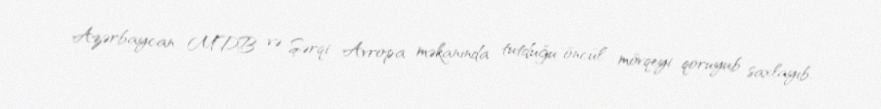
Azərbaycan MDB və Şərqi Avropa məkanında tutduğu öncül mövqeyi qoruyub saxlayıb.